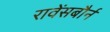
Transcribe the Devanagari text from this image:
रावेंसबौर्न